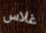
غلاس